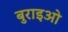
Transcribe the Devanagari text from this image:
बुराइओ